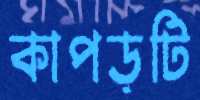
কাপড়টি